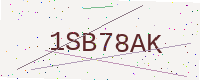
Text: 1SB78AK